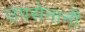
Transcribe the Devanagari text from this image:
उपसेनानी